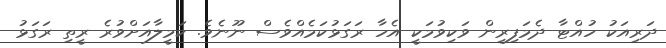
ދަރިއަކު ހުއްޓާ ދެމަފިރިން ވަކިވުމަކީ އެހާ ރަގަޅުކަމެއްވެސް ނޫނެވެ. ކަމީލާއަށްވުރެ ރީތި ރަގަޅު